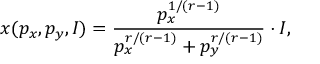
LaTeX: x ( p _ { x } , p _ { y } , I ) = { \frac { p _ { x } ^ { 1 / ( r - 1 ) } } { p _ { x } ^ { r / ( r - 1 ) } + p _ { y } ^ { r / ( r - 1 ) } } } \cdot I ,